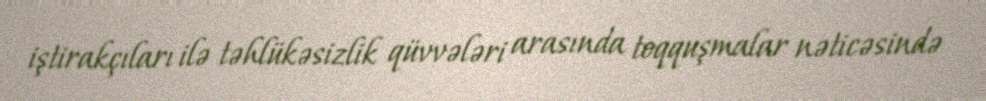
iştirakçıları ilə təhlükəsizlik qüvvələri arasında toqquşmalar nəticəsində